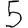
Digit: 5